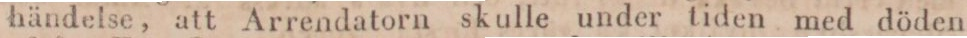
händelse, att Arrendatorn skulle under tiden med döden